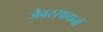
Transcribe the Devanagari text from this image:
जैवरसायनों